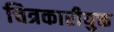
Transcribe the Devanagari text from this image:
चित्रकारीयुक्त